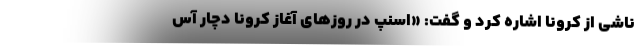
ناشی از کرونا اشاره کرد و گفت: «اسنپ در روزهای آغاز کرونا دچار آس